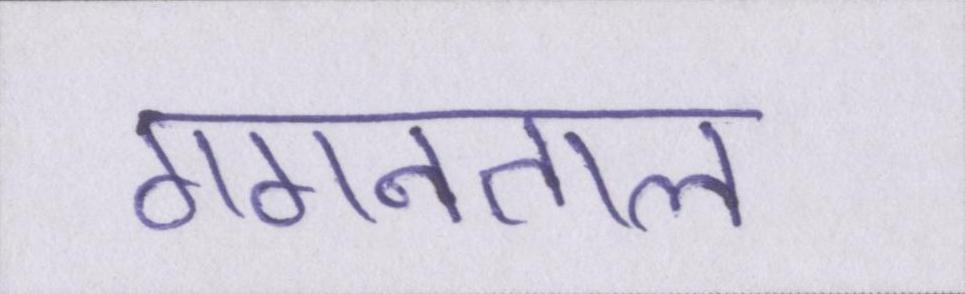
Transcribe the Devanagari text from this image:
गगनताल